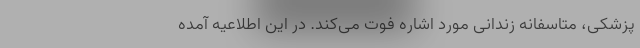
پزشکی، متاسفانه زندانی مورد اشاره فوت می‌کند. در این اطلاعیه آمده